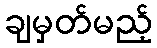
ချမှတ်မည့်